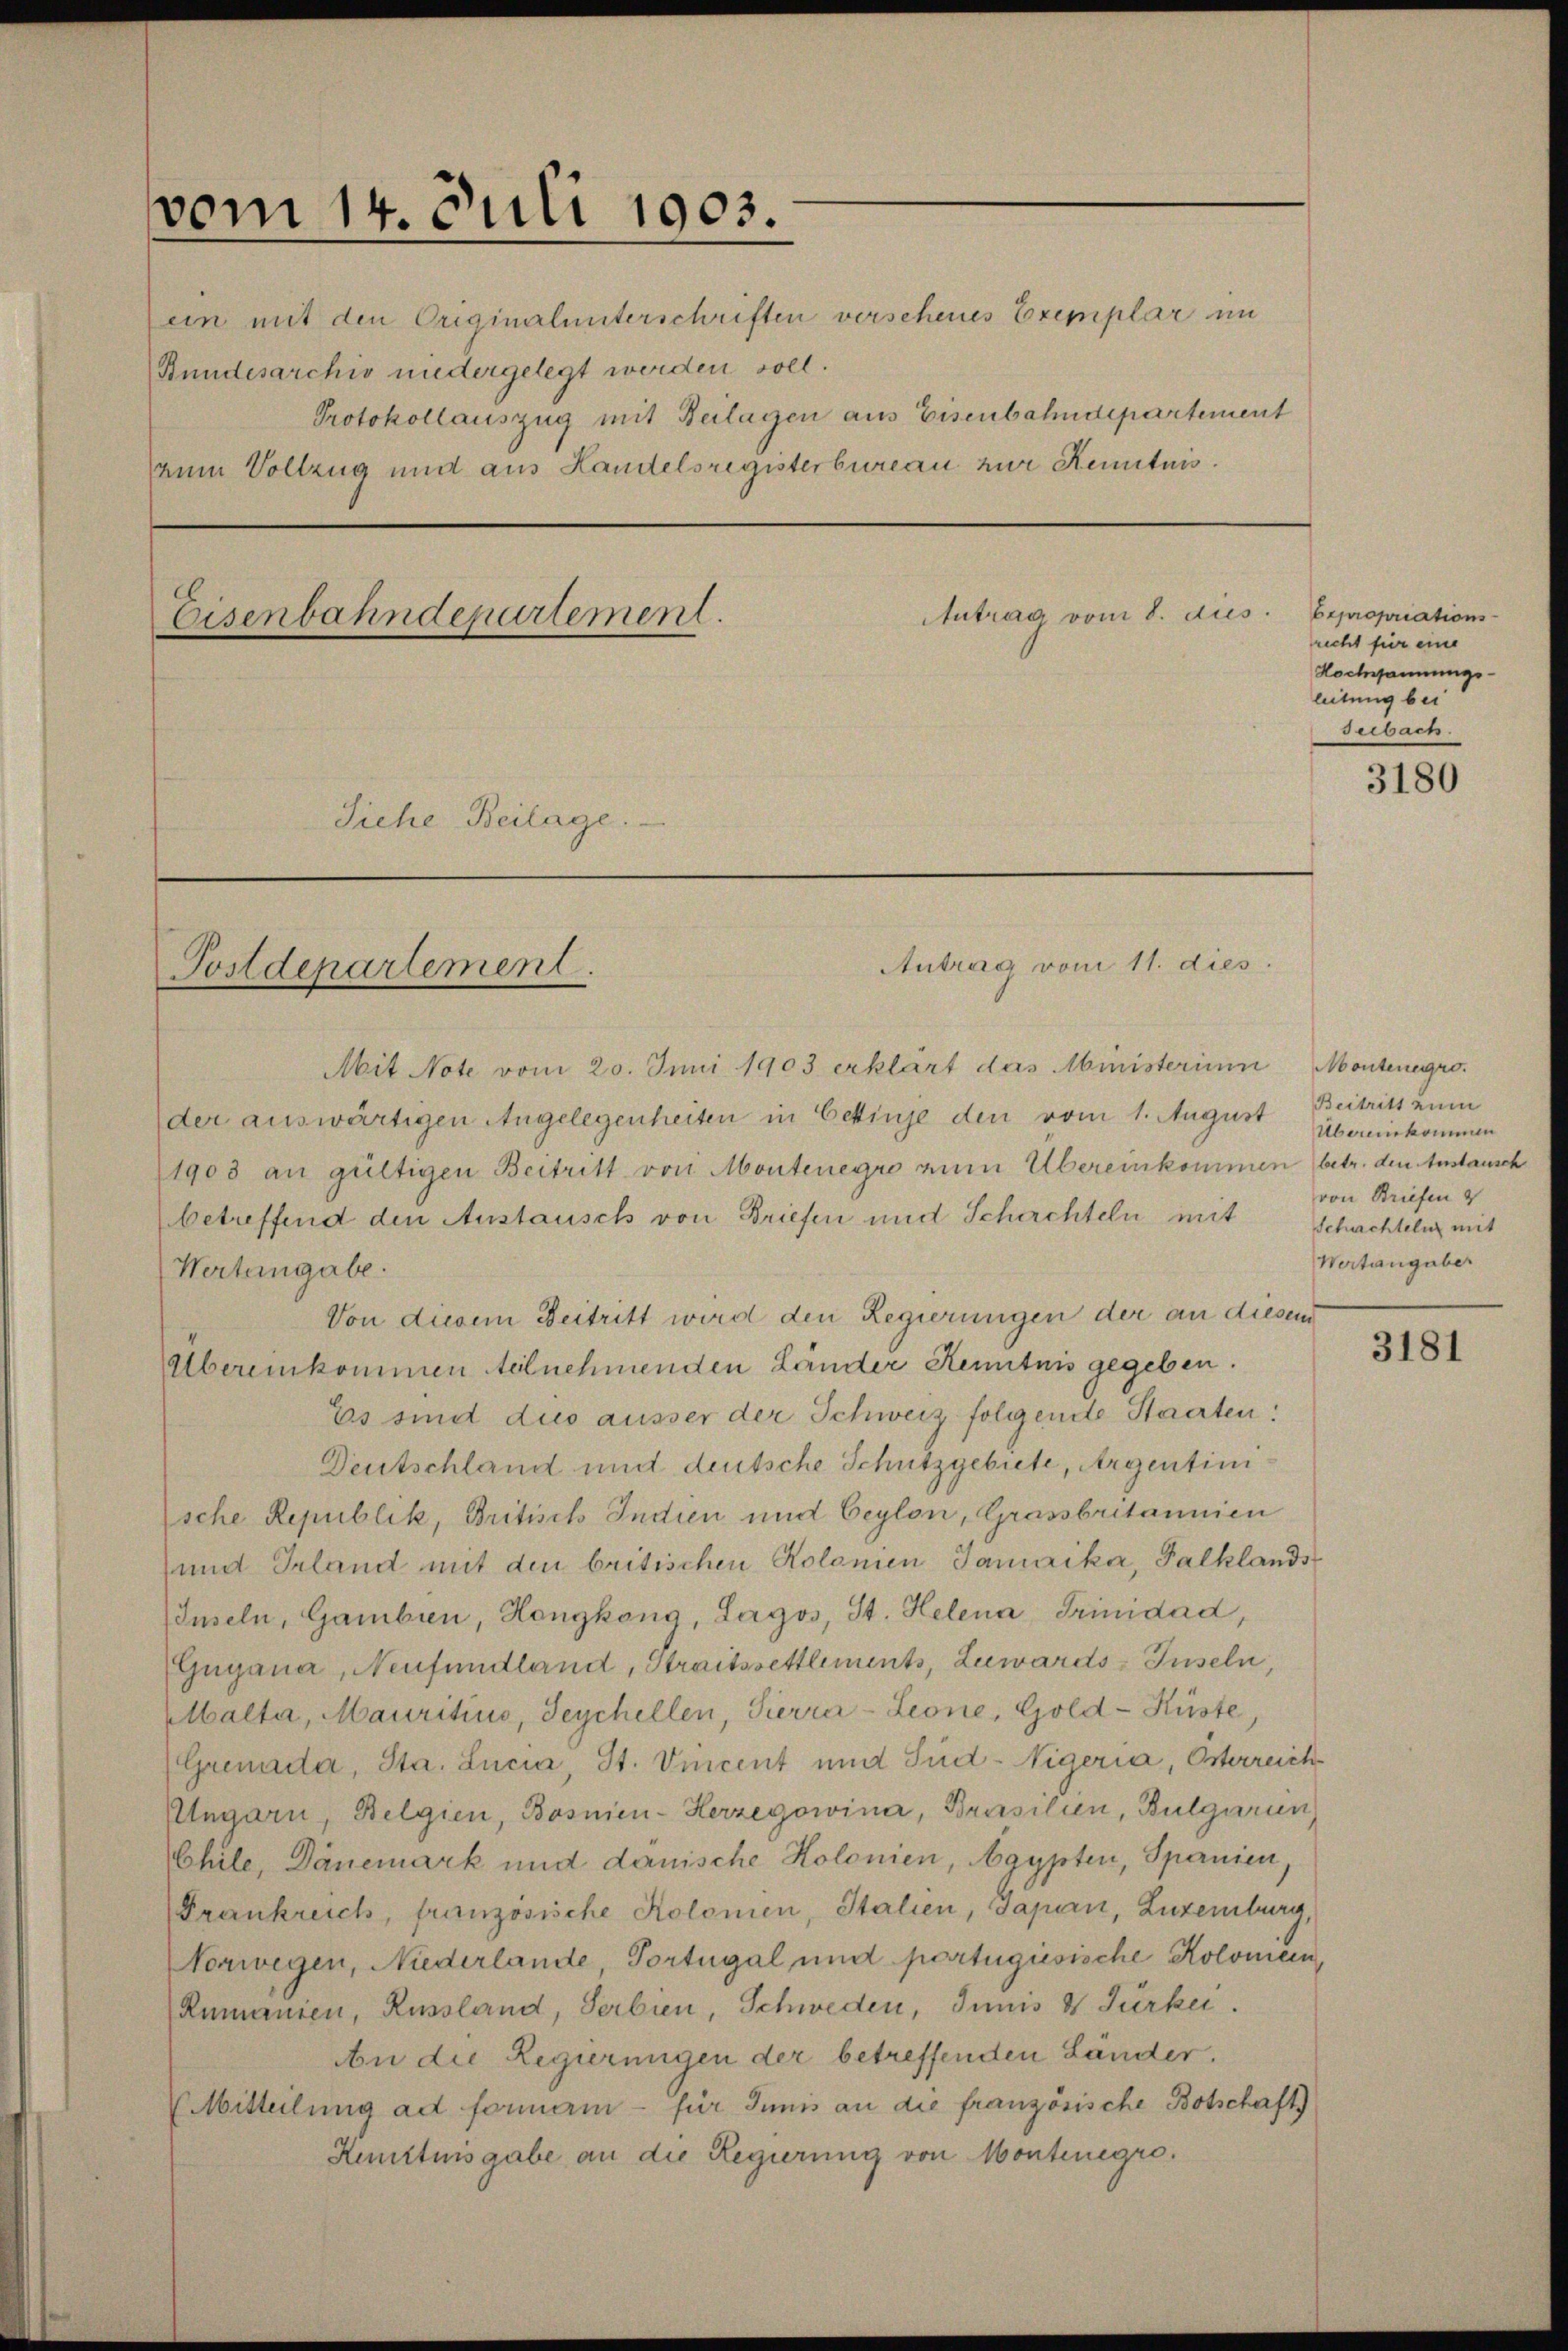
vom 14. Juli 1903.
Bundesarchiv niedergelegt werden soll.
Protokollauszug mit Beilagen aus Eisenbahndepartement
zum Vollzug und aus Landelsregisterbureau zur Renituis.
Antrag vom 8. dies Expropriations-
Eisenbahndepartement.
Siche Beilage.

ein mit den Originalunterschriften verschenes Exemplar im

Postdepartement.

Mit Note vom 20. Juni 1903 erklärt das Ministerium
der auswärtigen Angelegenheiten in Eckinje den vom 1. August Beitritt zum
1903 an gültigen Beitritt von Montenegro zum Übereinkommen betr. den Anstausch
betreffend den Austausch von Briefen und Schachteln mit
Wertengabe.
Von diesem Beitritt wird den Regierungen der an diesem
Übereinkommen teilnehmenden Länder Kenntnis gegeben.
Es sind dus ausser der Schweiz folgende Staaten:
Deutschland und deutsche Schutzgebiete, Argentinische Republik, Britisch Indien und Ceylon, Grassbritannien
und Irland mit den britischen Kolonien Jamaika, Palklands
Inseln, Gambien, Hongkang, Lagos, St. Helena Trinidad,
Gugana, Neufundland, Streitssettlements, Zuwards-Juseln,
Mbalta, Mauritius, Seychellen, Pierra - Leone, Gold- Küste,
(Grenada, Sta. Lucia, St. Vincent und Süd-Vigeria, Österreich
Ungarn, Belgien, Bosnien-Herzegowina, Brasilien, Bulgarun
Chile, Dänemark und danische Kolonien, Egypten, Spanien,
Frankreich, französische Kolomen, Italien, Japan, Luxemburg,
Vorwegen, Niederlande, Portugal und portugisische Kolomeen,
Rumanien, Russland, Serbien, Schweden, Innis 4 Furkei.
An die Regierungen der betreffenden Länder.
VMitteilung ad formam - für Junis an die französische Botschaft
Kemttnisgabe an die Regierung von Montenegro.

Antrag vom 11. dies

richt für eine
Hochmannungs-
leitung bei
seebach.

3180

Montenegro.
Übereinkommen
von Briefen
Schachteln mit
Wertangaber

3181